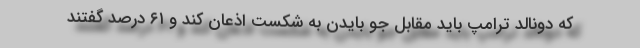
که دونالد ترامپ باید مقابل جو بایدن به شکست اذعان کند و ۶۱ درصد گفتند